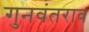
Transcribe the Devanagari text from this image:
गुनवंतराव